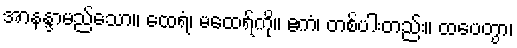
အာနန္ဒာမည်သော။ ထေရံ၊ မထေရ်ကို။ ဧကံ၊ တစ်ပါးတည်း။ ထပေတွာ၊